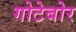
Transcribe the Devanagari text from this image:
गोटेबोर